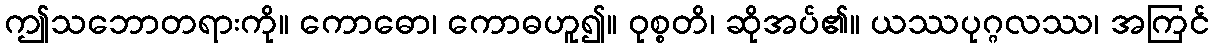
ဤသဘောတရားကို။ ကောဓော၊ ကောဓဟူ၍။ ဝုစ္စတိ၊ ဆိုအပ်၏။ ယဿပုဂ္ဂလဿ၊ အကြင်